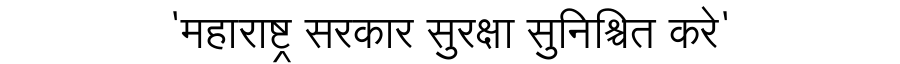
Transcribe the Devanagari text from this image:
'महाराष्ट्र सरकार सुरक्षा सुनिश्चित करे'